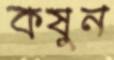
কষুন